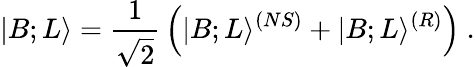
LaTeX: |B;L\rangle={\frac{1}{\sqrt{2}}}\left(|B;L\rangle^{(NS)}+|B;L\rangle^{(R)}\right)~.